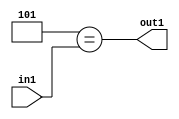
`timescale 1ps / 1ps
/*****************************************************************************
    Verilog RTL Description
    
    
    Created by: Stratus DpOpt 21.05.01 
*******************************************************************************/

module dut_Equal_1U_12_1 (
	in1,
	out1
	); /* architecture "behavioural" */ 
input [5:0] in1;
output  out1;
wire  asc001;

assign asc001 = (11'B00000000101==in1);

assign out1 = asc001;
endmodule

/* CADENCE  urb3TwE= : u9/ySxbfrwZIxEzHVQQV8Q== ** DO NOT EDIT THIS LINE ******/